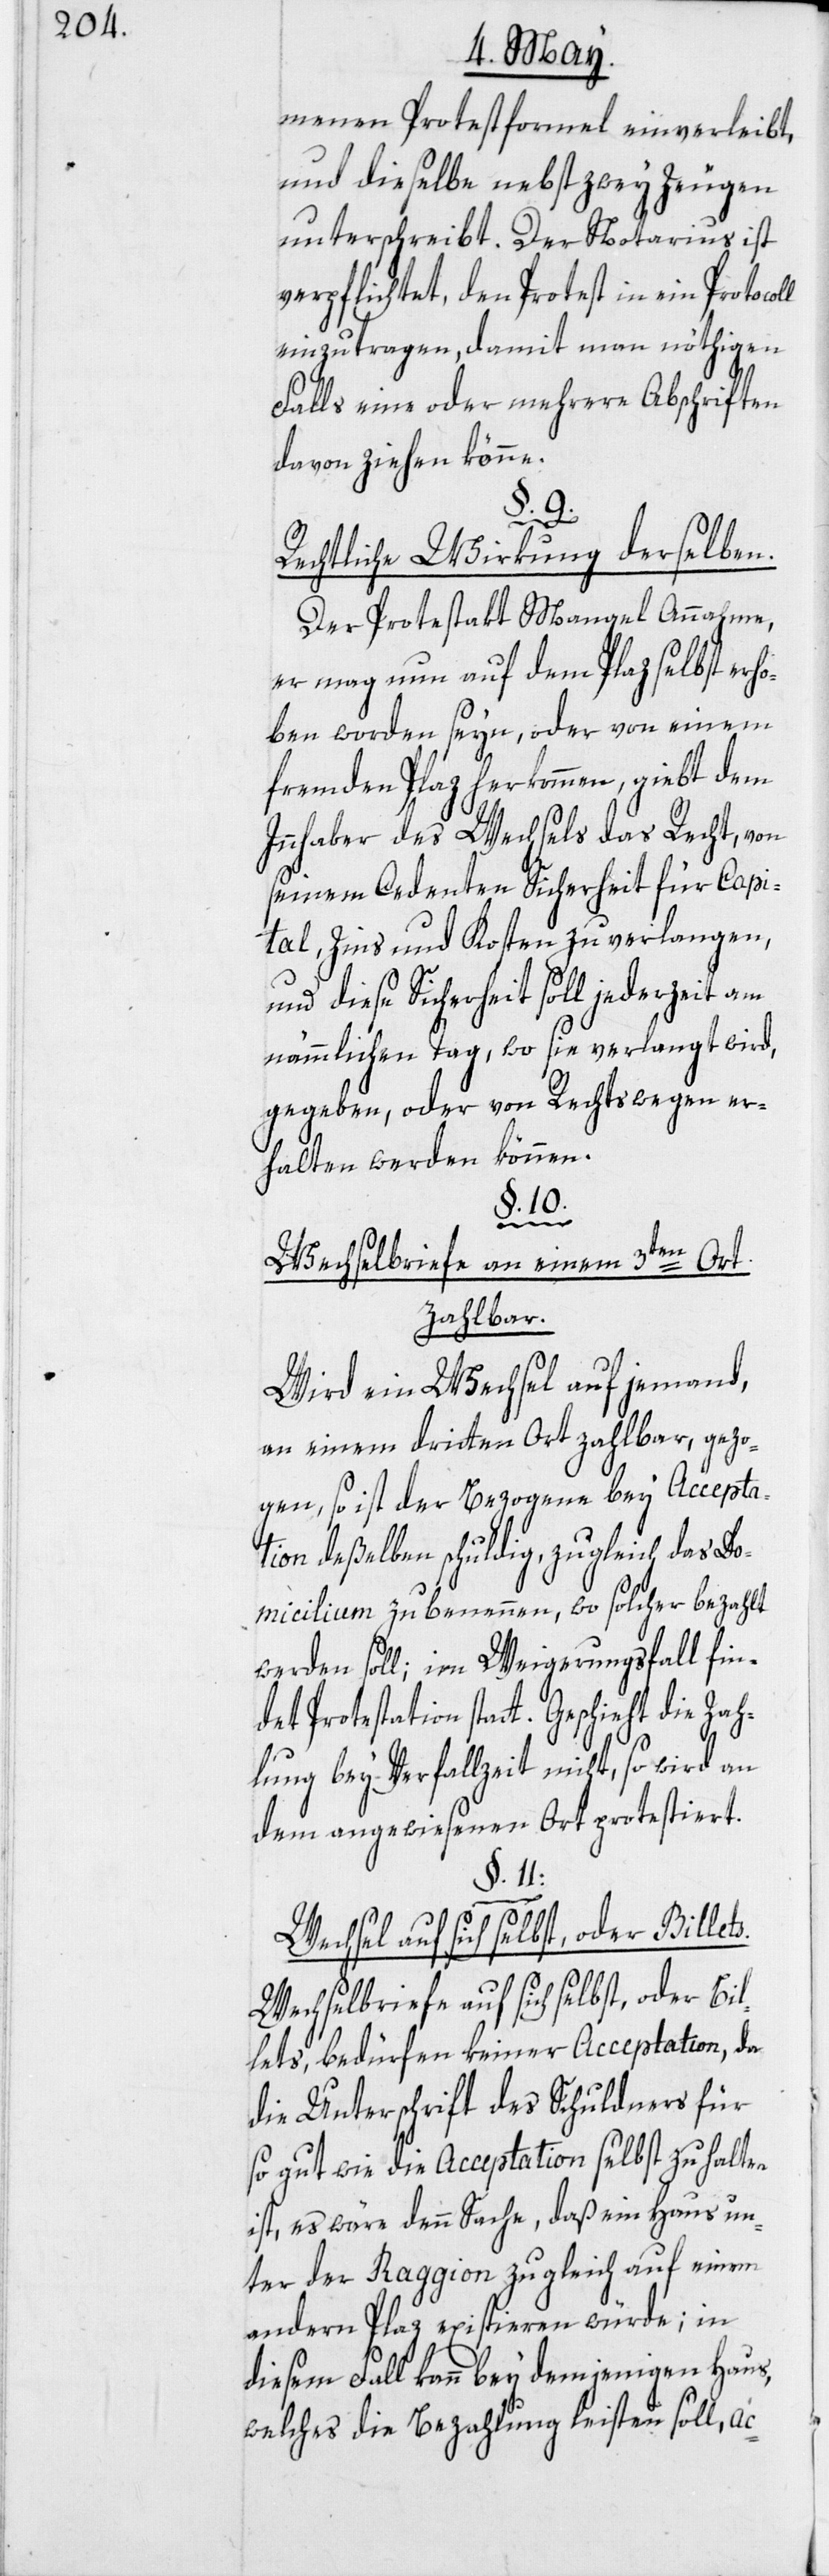
menen Protestformel einverleibt,
und dieselbe nebst zwey Zeugen
unterschreibt. Der Notarius ist
verpflichtet, den Protest in ein Protocol¬
einzutragen, damit man nöthigen
Falls eine oder mehrere Abschriften
davon ziehen könne.
§. 9.
Rechtliche Wirkung derselben.
Der Protestakt Mangel Annahme,
er mag nun auf dem Plaz selbst erh¬
oben worden seyn, oder von einem
fremden Plaz herkommen, giebt dem
Innhaber des Wechsels das Recht, von
seinem Cedenten Sicherheit für Capi¬
tal, Zins und Kosten zu verlangen,
und diese Sicherheit soll jederzeit am
nämmlichen Tag, wo sie verlangt wird,
gegeben, oder von Rechtswegen er¬
halten werden können.
lets.
Wechselbriefe an einem 3ten Ort
zahlbar.
Wird ein Wechsel auf jemand,
an einem dritten Ort zahlbar, gezo¬
gen, so ist der Bezogene bey Accepta¬
tion deßelben schuldig, zugleich das Do¬
micilium zu benennen, wo solcher bezahlt
werden soll; im Weigerungsfall fin¬
Protestation statt. Geschieht die Za¬
hlung bey Verfallzeit nicht, so wird an
dem angewiesenen Ort protestiert.
§. 11:
Wechselbriefe auf sich selbst, oder Bil¬
lets, bedürfen keiner Acceptation, da
die Unterschrift des Schuldners für
so gut wie die Acceptation selbst zu halten
ist, es wäre denn Sache, daß ein Haus un¬
ter der Raggion zugleich auf einem
andern Plaz existieren würde; in
diesem Fall kann bey demjenigen Haus,
welches die Bezahlung leisten soll,